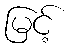
မြင့်